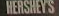
HERSHEYS